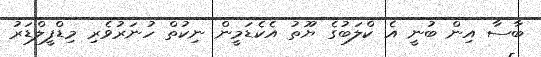
ބާސާ އިން ބުނީ އެ ކްލަބުގެ ޔޫތު އެކެޑަމީން ނިކުތް ހުނަރުވެރި މިޑްފީލްޑަރު